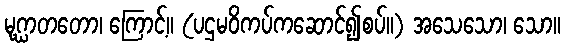
မုဂ္ဃာတတော၊ ကြောင့်။ (ပဌမဝိကပ်ကဆောင်၍စပ်။) အသေသော၊ သော။